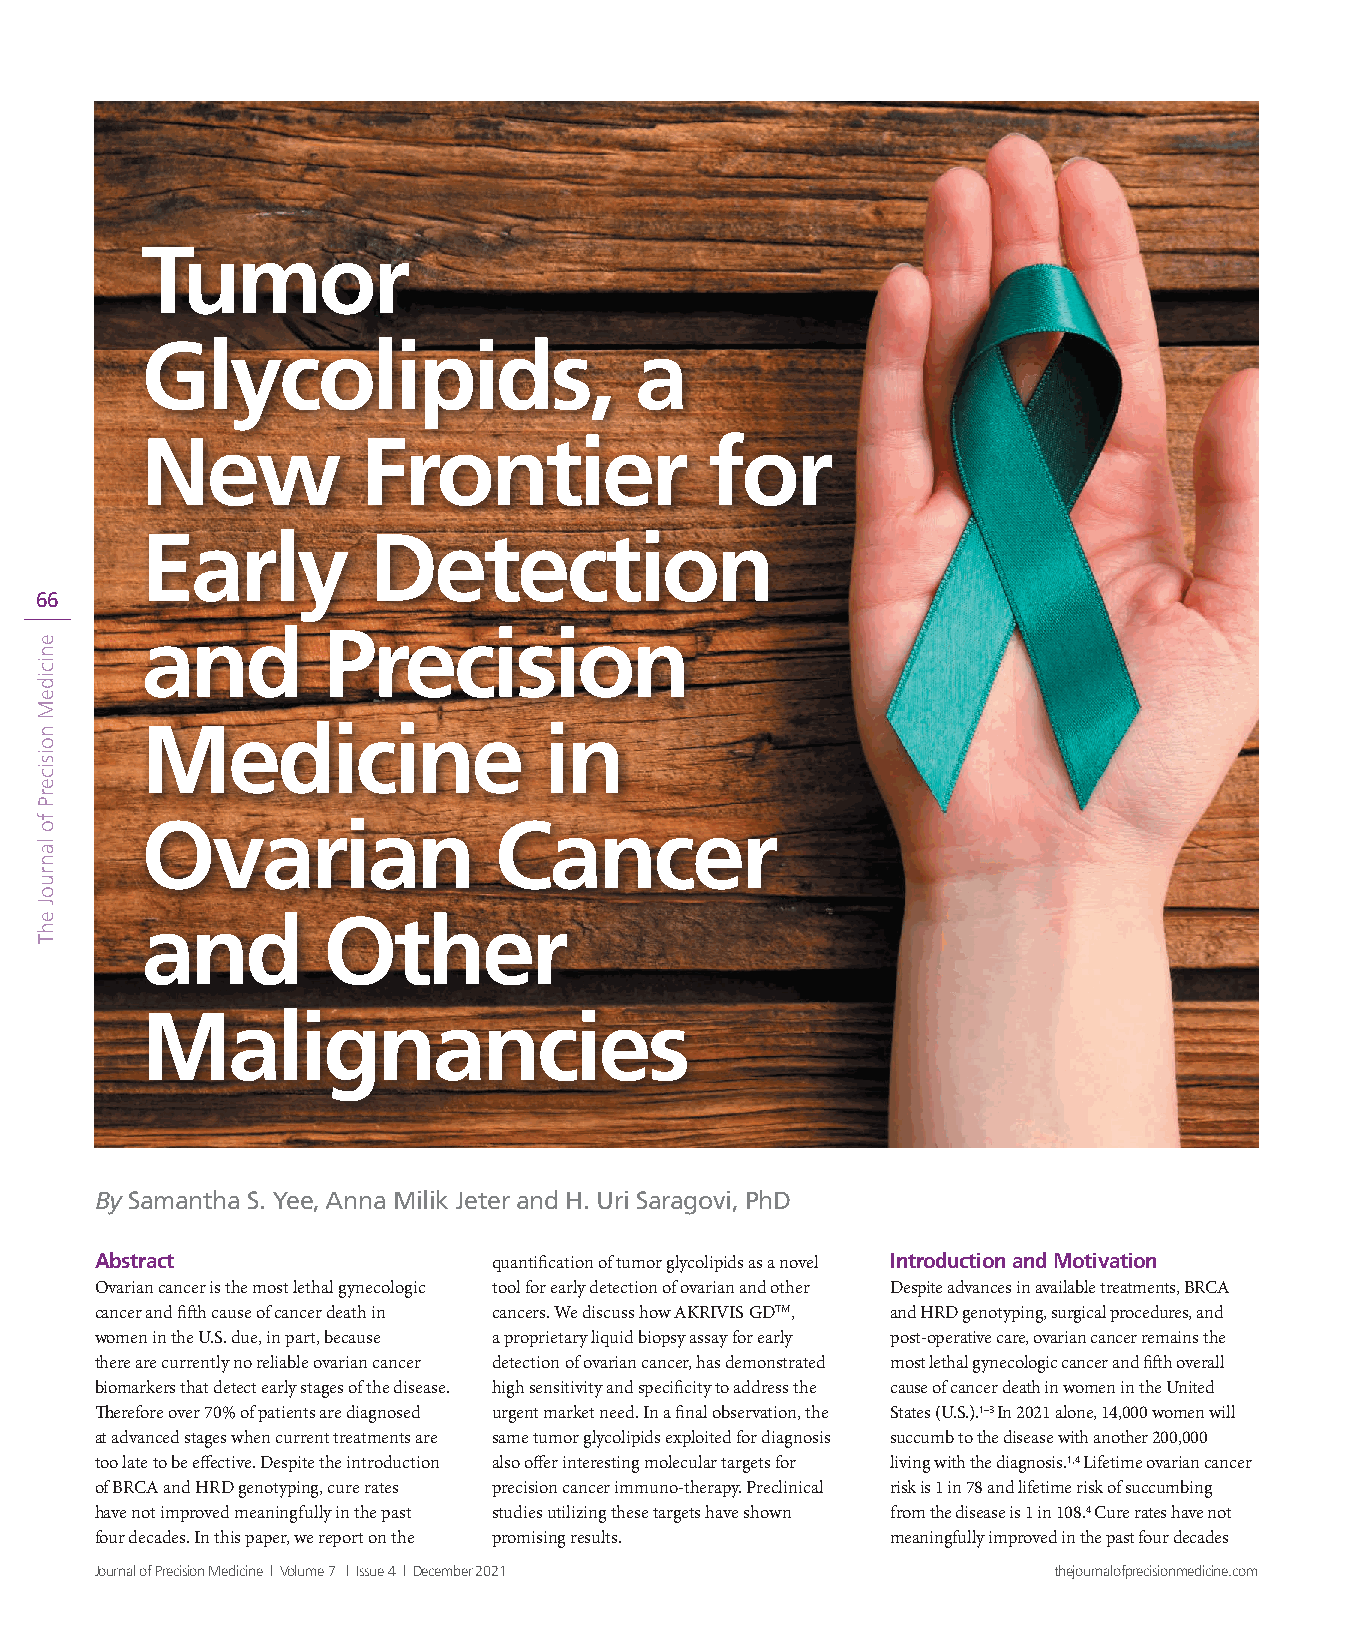
Tumor
 Glycolipids,                     a
 New            Frontier               for
 Early          Detection
 66
 and         Precision
 Medicine                   in
 Ovarian                 Cancer
 and         Other
 Malignancies
 By Samantha S. Yee, Anna Milik Jeter and H. Uri Saragovi, PhD
 Abstract                   quantification of tumor glycolipids as a novel Introduction and Motivation
 Ovarian cancer is the most lethal gynecologic tool for early detection of ovarian and other Despite advances in available treatments, BRCA
 cancer and fifth cause of cancer death in cancers. We discuss how AKRIVIS GDTM, and HRD genotyping, surgical procedures, and
 women in the U.S. due, in part, because a proprietary liquid biopsy assay for early post‑operative care, ovarian cancer remains the
 there are currently no reliable ovarian cancer detection of ovarian cancer, has demonstrated most lethal gynecologic cancer and fifth overall
 biomarkers that detect early stages of the disease. high sensitivity and specificity to address the cause of cancer death in women in the United
 Therefore over 70% of patients are diagnosed urgent market need. In a final observation, the States (U.S.).1–3 In 2021 alone, 14,000 women will
 at advanced stages when current treatments are same tumor glycolipids exploited for diagnosis succumb to the disease with another 200,000
 too late to be effective. Despite the introduction also offer interesting molecular targets for living with the diagnosis.1,4 Lifetime ovarian cancer
 of BRCA and HRD genotyping, cure rates precision cancer immuno‑therapy. Preclinical risk is 1 in 78 and lifetime risk of succumbing
 have not improved meaningfully in the past studies utilizing these targets have shown from the disease is 1 in 108.4 Cure rates have not
 four decades. In this paper, we report on the promising results. meaningfully improved in the past four decades
 Journal of Precision Medicine | Volume 7 | Issue 4 | December 2021 thejournalofprecisionmedicine.com @journprecmed                         Journal of Precision Medicine | Volume 7 | Issue 4 | December 2021
 enicideM
 noisicerP
 fo
 lanruoJ
 ehT